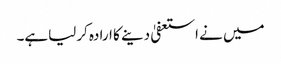
میں نے استعفیٰ دینے کا ارادہ کرلیاہے۔